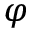
\varphi